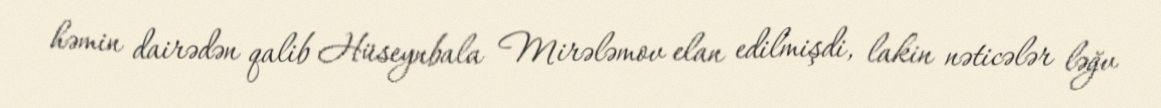
həmin dairədən qalib Hüseynbala Mirələmov elan edilmişdi, lakin nəticələr ləğv